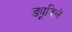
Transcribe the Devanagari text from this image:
ड्यूविले